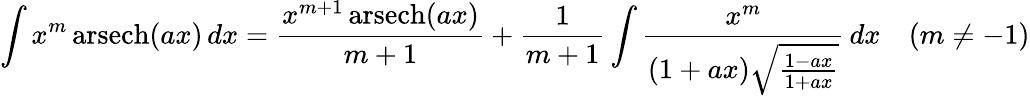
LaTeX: \int x^{m}\operatorname{arsech}(ax)\, dx={\frac{x^{m+1}\operatorname{arsech}(ax)}{m+1}}+{\frac{1}{m+1}}\int{\frac{x^{m}}{(1+ax){\sqrt{\frac{1-ax}{1+ax}}}}}\, dx\quad(m\neq-1)